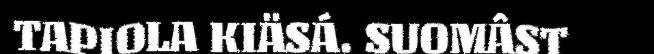
TAPIOLA KIÄSÁ. SUOMÂST